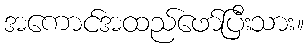
အကောင်အထည်ဖော်ပြီးသား။